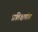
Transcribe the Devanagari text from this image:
प्रतिक्षप्तांश